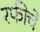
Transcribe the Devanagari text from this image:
रफीचे